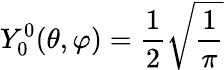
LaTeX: Y_{0}^{0}(\theta,\varphi)={\frac{1}{2}}{\sqrt{\frac{1}{\pi}}}